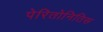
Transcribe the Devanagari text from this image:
पेरितोनितिस